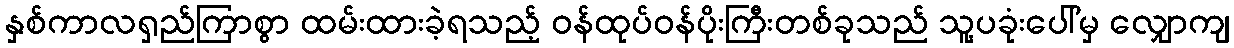
နှစ်ကာလရှည်ကြာစွာ ထမ်းထားခဲ့ရသည့် ဝန်ထုပ်ဝန်ပိုးကြီးတစ်ခုသည် သူ့ပခုံးပေါ်မှ လျှောကျ